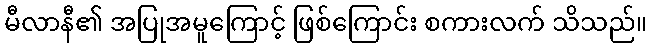
မီလာနီ၏ အပြုအမူကြောင့် ဖြစ်ကြောင်း စကားလက် သိသည်။